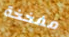
مفخخة